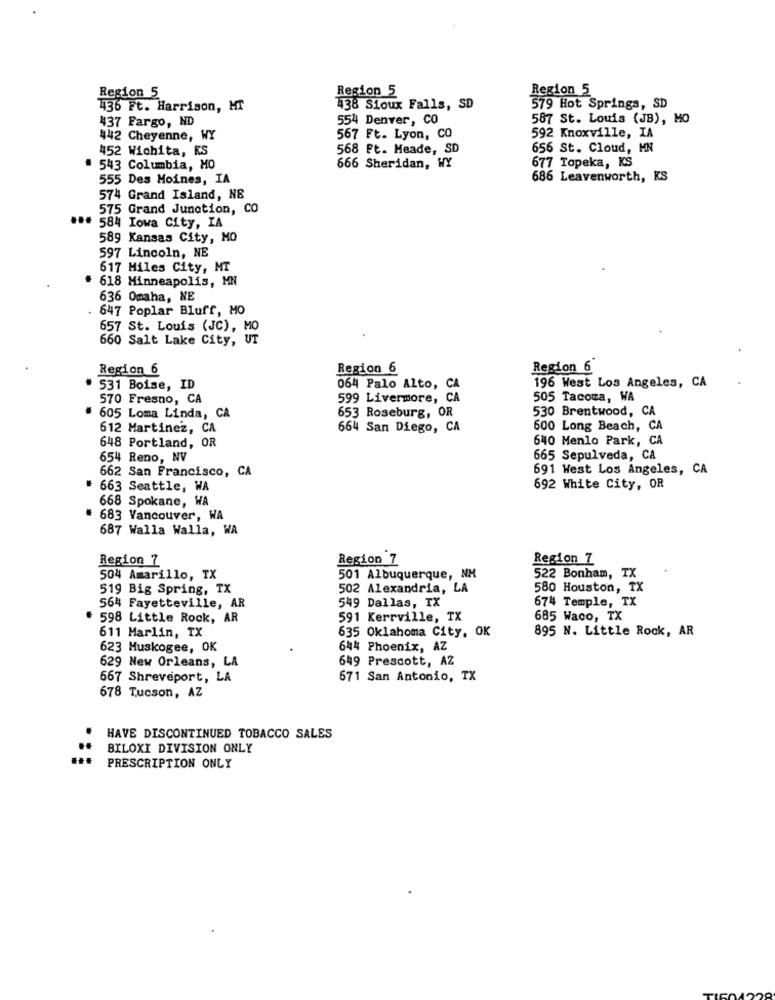
Region 5
Region 5
Region 5
136 Ft. Harrison, MT
438 Sioux Falls, SD
579 Hot Springs, SD
437 Fargo, ND
554 Denver, CO
587 St. Louis (JB), MO
442 Cheyenne, WY
567 Ft. Lyon, CO
592 Knoxville, IA
452 Wichita, KS
568 Ft. Meade, SD
656 St. Cloud, MN
543 Columbia, MO
666 Sheridan, WY
677 Topeka, KS
555 Des Moines, IA
686 Leavenworth, KS
574 Grand Island, N&
575 Grand Junction, CO
## 584 Iowa City, IA
589 Kansas City, MO
597 Lincoln, NE
617 Miles City, MT
618 Minneapolis, MN
636 Omaha, NE
647 Poplar Bluff, MO
657 St. Louis (JC), MO
660 Salt Lake City, UT
Region 6
Region 6
Region 6
531 Boise, ID
064 Palo Alto, CA
196 West Los Angeles, CA
570 Fresno, CA
599 Livermore, CA
505 Tacoma, WA
530 Brentwood, CA
605 Loma Linda, CA
653 Roseburg, OR
612 Martinez, CA
664 San Diego, CA
600 Long Beach, CA
648 Portland, OR
640 Menlo Park, CA
654 Reno, NV
665 Sepulveda, CA
691 West Los Angeles, CA
662 San Francisco, CA
663 Seattle, WA
692 White City, OR
668 Spokane, WA
683 Vancouver, WA
687 Walla Walla, WA
Region 7
Region 7
Region 7
504 Amarillo, TX
501 Albuquerque, NM
522 Bonham, TX
519 Big Spring, TX
502 Alexandria, LA
580 Houston, TX
564 Fayetteville, AR
549 Dallas, TX
674 Temple, TX
598 Little Rock, AR
591 Kerrville, TX
685 Waco, TX
611 Marlin, TX
635 Oklahoma City, OK
895 N. Little Rock, AR
623 Muskogee, OK
644 Phoenix, AZ
649 Prescott, AZ
629 New Orleans, LA
667 Shreveport, LA
671 San Antonio, TX
678 Tucson, AZ
HAVE DISCONTINUED TOBACCO SALES
..
BILOXI DIVISION ONLY
PRESCRIPTION ONLY